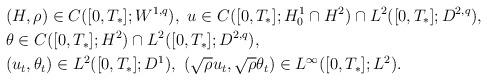
LaTeX: \begin{align*}&(H,\rho) \in C([0,T_*];W^{1,q}),\ u\in C([0,T_*];H^1_0\cap H^2)\cap L^2([0,T_*];D^{2,q}),\\&\theta \in C([0,T_*]; H^2)\cap L^2([0,T_*];D^{2,q}),\\& ( u_t,\theta_t)\in L^2([0,T_*];D^1),\ (\sqrt{\rho}u_t, \sqrt{\rho}\theta_t)\in L^\infty([0,T_*];L^2).\end{align*}